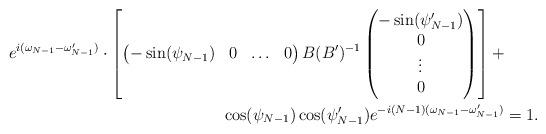
LaTeX: \begin{align*}e^{i(\omega_{N-1}-\omega_{N-1}')}\cdot\left[\begin{pmatrix}-\sin(\psi_{N-1})&0&\ldots&0\end{pmatrix}B(B')^{-1}\begin{pmatrix}-\sin(\psi_{N-1}')\\0\\\vdots\\0\end{pmatrix}\right]+&\\ \cos(\psi_{N-1})\cos(\psi_{N-1}')e^{-i(N-1)(\omega_{N-1}-\omega_{N-1}')}&=1.\end{align*}